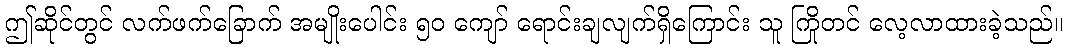
ဤဆိုင်တွင် လက်ဖက်ခြောက် အမျိုးပေါင်း ၅၀ ကျော် ရောင်းချလျက်ရှိကြောင်း သူ ကြိုတင် လေ့လာထားခဲ့သည်။